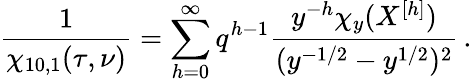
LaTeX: \frac{1}{\chi_{10,1}(\tau,\nu)}=\sum_{h=0}^{\infty}q^{h-1}\frac{y^{-h}\chi_{y}(X^{[h]})}{(y^{-1/2}-y^{1/2})^{2}}\, .